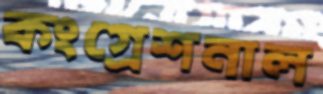
কংগ্রেশনাল